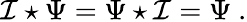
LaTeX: \mathcal{I}\star\Psi=\Psi\star\mathcal{I}=\Psi\ .